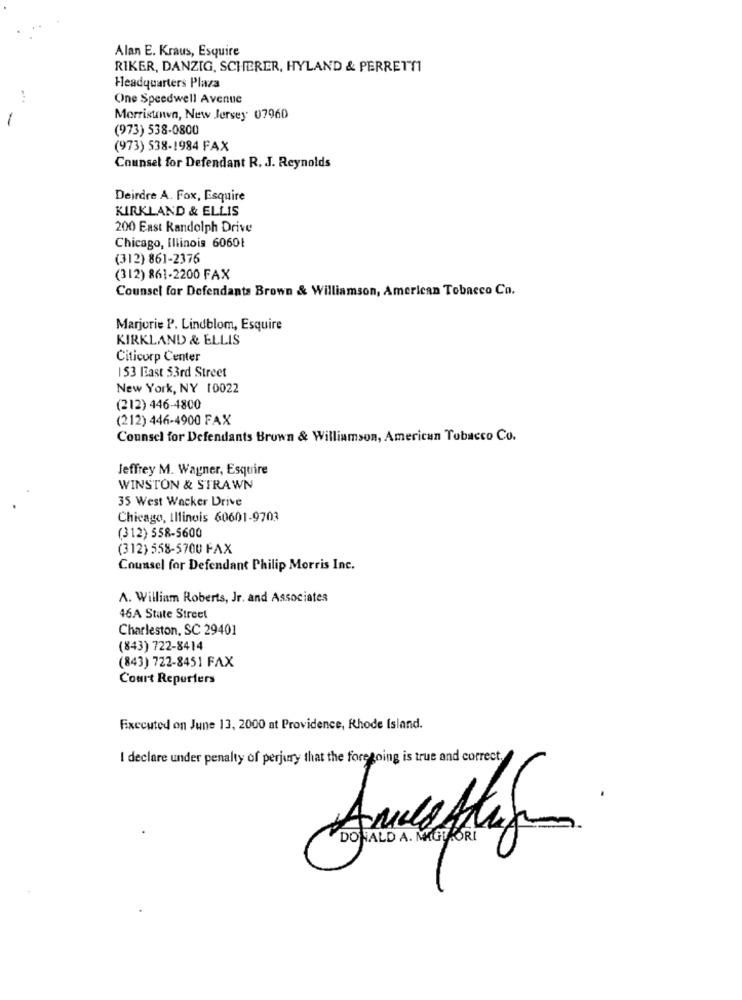
Alan E. Kraus, Esquire
RIKER, DANZIG, SCHERER, HYLAND & PERRETT1
Headquarters Plaza
One Speedwell Avenue
-
Morristown, New Jersey 07960
(973) 538-0800
(973) 538-1984 FAX
Counsel for Defendant R. J. Reynolds
Deirdre A. Fox, Esquire
KIRKLAND & ELLIS
200 East Randolph Drive
Chicago, Illinois 60601
(312) 861-2376
(312) 861-2200 FAX
Counsel for Defendants Brown & Williamson, American Tobacco Co.
Marjorie P. Lindblom, Esquire
KIRKLAND & ELLIS
Citicorp Center
153 East 53rd Street
New York, NY 10022
(212) 446-4800
(212) 446-4900 FAX
Counsel for Defendants Brown & Williamson, American Tobacco Co.
Jeffrey M. Wagner, Esquire
WINSTON & STRAWN
35 West Wacker Drive
Chicago, Illinois 60601-9703
(312) 558-5600
(312) 558-5700 FAX
Counsel for Defendant Philip Morris Inc.
A. William Roberts, Jr. and Associates
46A State Street
Charleston, SC 29401
(843) 722-8414
(843) 722-8451 FAX
Court Reporters
Fixccuted on June 13, 2000 at Providence, Rhode Island.
I declare under penalty of perjury that the foregoing is true and correct,